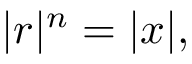
| r | ^ { n } = | x | ,